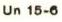
Un 15-6